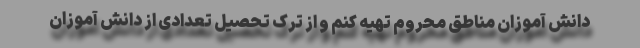
دانش آموزان مناطق محروم تهیه کنم و از ترک تحصیل تعدادی از دانش آموزان